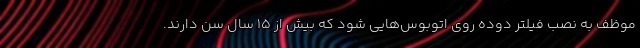
موظف به نصب فیلتر دوده روی اتوبوس‌هایی شود که بیش از ۱۵ سال سن دارند.